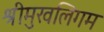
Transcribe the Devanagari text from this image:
श्रीमुखलिंगम